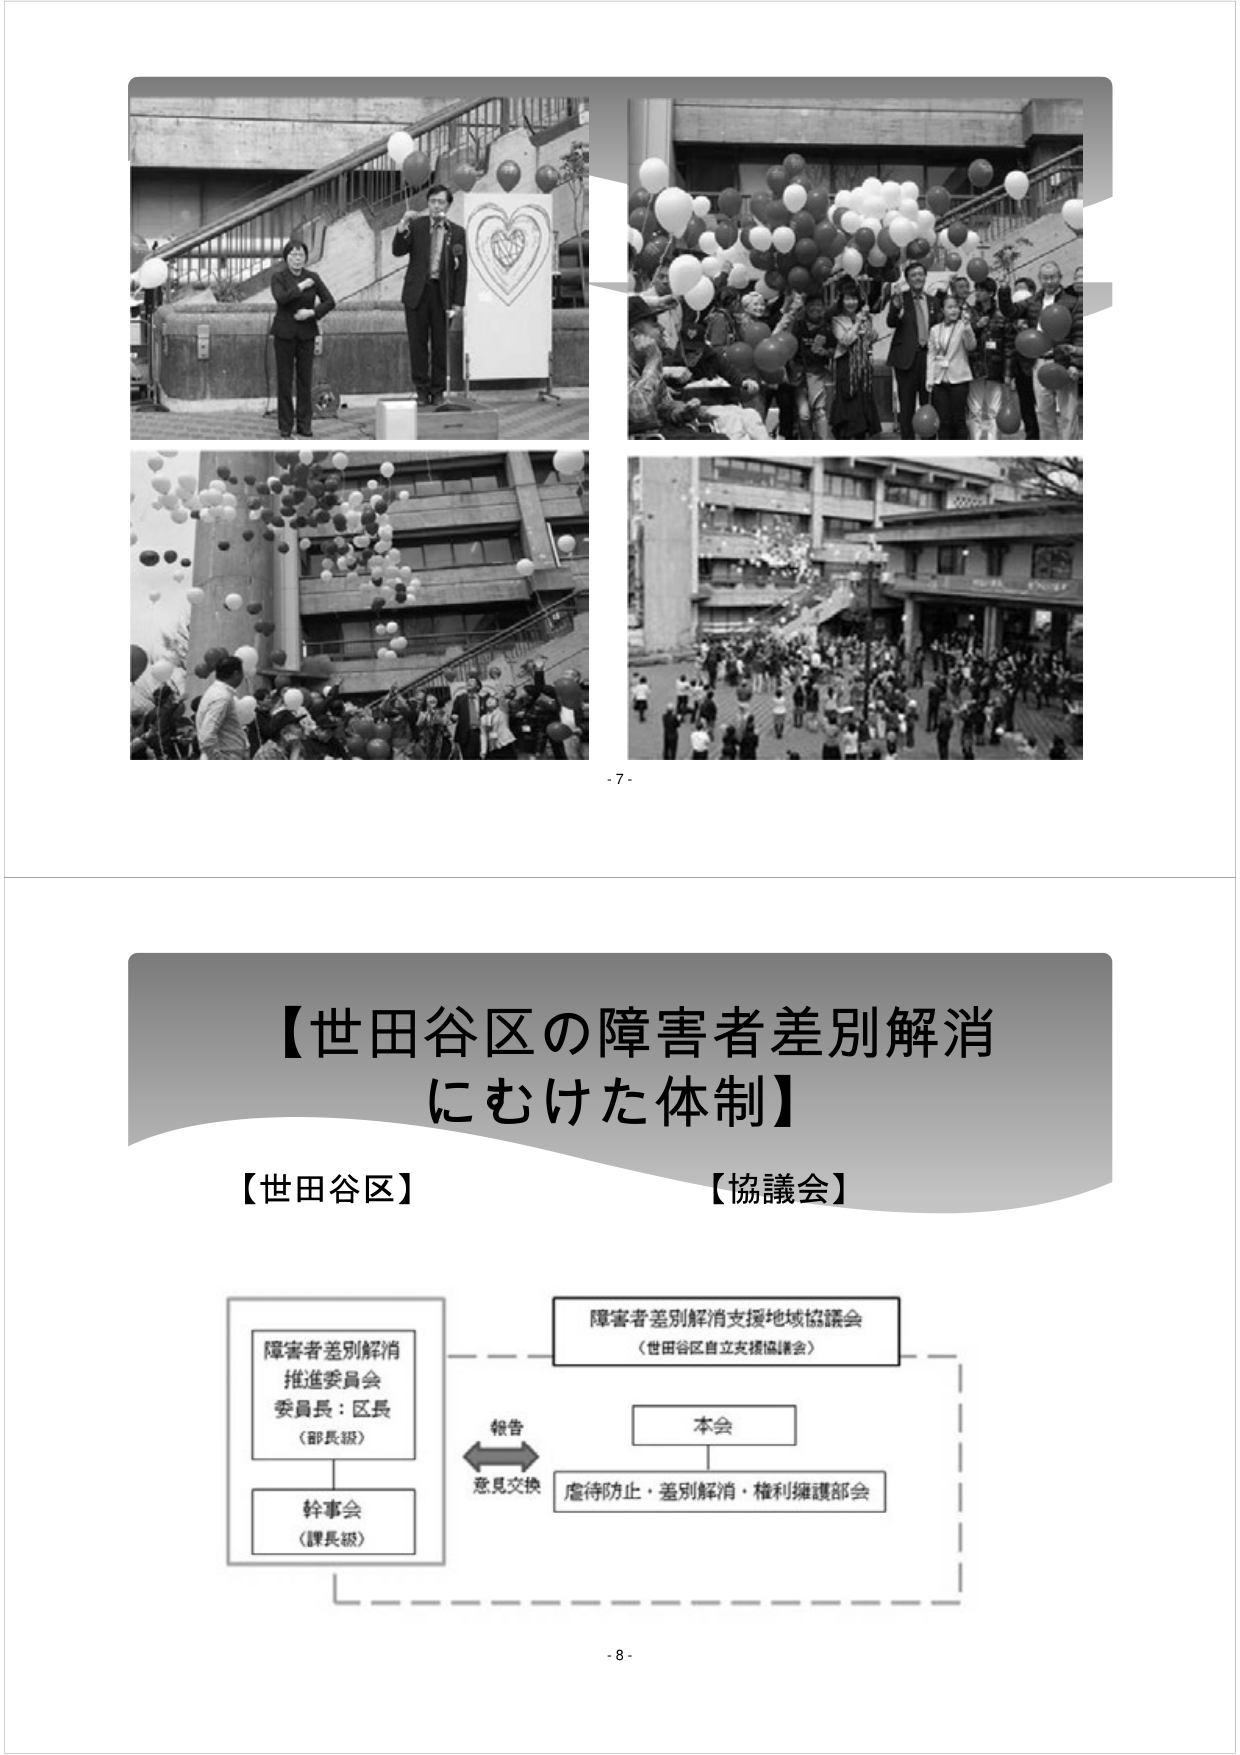
- 7 -

【世田谷区の障害者差別解消にむけた体制】

【世田谷区】　　　　　　　　　　【協議会】

障害者差別解消
推進委員会
委員長：区長
（部長級）

幹事会
（課長級）

報告
意見交換

障害者差別解消支援地域協議会
（世田谷区自立支援協議会）

本会

虐待防止・差別解消・権利擁護部会

- 8 -